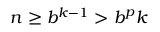
n \geq b ^ { k - 1 } > b ^ { p } k